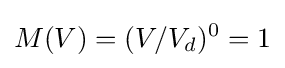
M(V)=(V/V_{d})^{0}=1